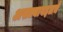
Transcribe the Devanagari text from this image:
असल्याबद्दलचे